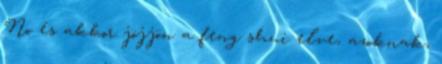
No és akkor jöjjön a feng shui elve, azoknak,